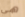
هي